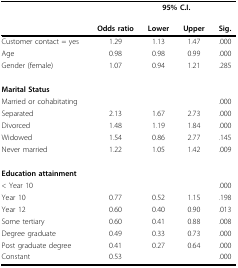
|  |  | <COLSPAN=2> 95% C.I. |  |
 |  | Odds ratio | Lower | Upper | Sig. |
 | --- | --- | --- | --- | --- |
 | Customer contact = yes | 1.29 | 1.13 | 1.47 | .000 |
 | Age | 0.98 | 0.98 | 0.99 | .000 |
 | Gender (female) | 1.07 | 0.94 | 1.21 | .285 |
 | Marital Status |  |  |  |  |
 | Married or cohabitating |  |  |  | .000 |
 | Separated | 2.13 | 1.67 | 2.73 | .000 |
 | Divorced | 1.48 | 1.19 | 1.84 | .000 |
 | Widowed | 1.54 | 0.86 | 2.77 | .145 |
 | Never married | 1.22 | 1.05 | 1.42 | .009 |
 | Education attainment |  |  |  |  |
 | < Year 10 |  |  |  | .000 |
 | Year 10 | 0.77 | 0.52 | 1.15 | .198 |
 | Year 12 | 0.60 | 0.40 | 0.90 | .013 |
 | Some tertiary | 0.60 | 0.41 | 0.88 | .008 |
 | Degree graduate | 0.49 | 0.33 | 0.73 | .000 |
 | Post graduate degree | 0.41 | 0.27 | 0.64 | .000 |
 | Constant | 0.53 |  |  | .000 |